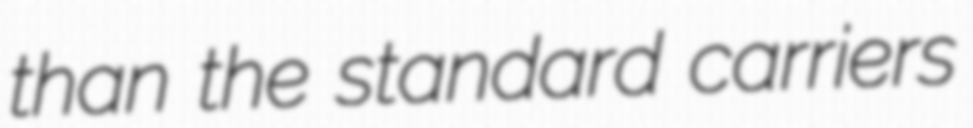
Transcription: than the standard carriers